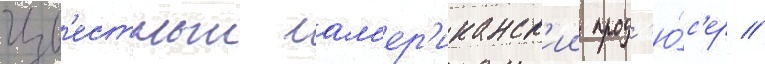
Изв'естныи ам'ер'иканск'ии прод'ю́с'ер //